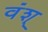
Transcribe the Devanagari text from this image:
वंश्